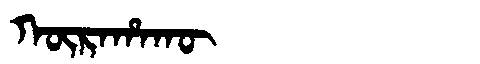
Manchu: ᡴᡡᡵᠠᡥᠠᡴᡡ
Romanization: KŪRAHAKŪ